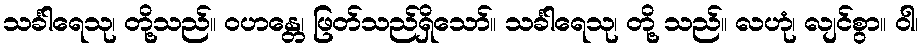
သင်္ခါရေသု၊ တို့သည်။ ဝဟန္တေ၊ ဖြတ်သည်ရှိသော်။ သင်္ခါရေသု၊ တို့ သည်။ လဟုံ၊ လျင်စွာ။ ဝါ၊